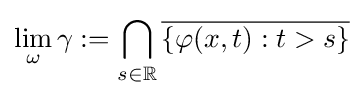
\lim _{\omega }\gamma :=\bigcap _{s\in \mathbb {R} }{\overline {\{\varphi (x,t):t>s\}}}